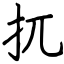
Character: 扤